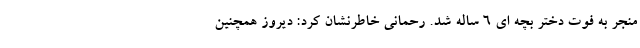
منجر به فوت دختر بچه ای ۶ ساله شد. رحمانی خاطرنشان کرد: دیروز همچنین